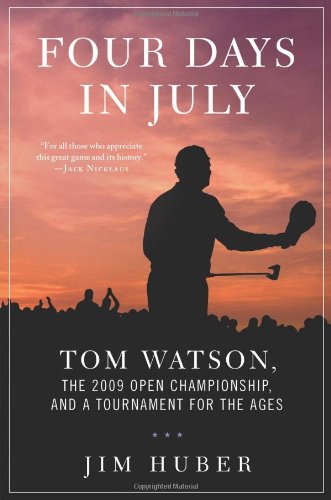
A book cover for Four Days in July: Tom Watson, the 2009 Open Championship, and a Tournament for the Ages; Jim Huber; Sports & Outdoors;